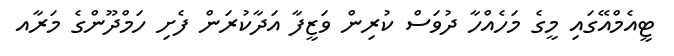
ޓީއެމްއޭގައި މީގެ މަހެއްހާ ދުވަސް ކުރިން ވަޒީފާ އަދާކުރަން ފެށި ހަމްދޫންގެ މަރާއ